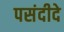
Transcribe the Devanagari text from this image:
पसंदीदे